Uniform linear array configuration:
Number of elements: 48
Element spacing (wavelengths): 1
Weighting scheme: cosine
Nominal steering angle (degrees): -15
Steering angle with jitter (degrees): -16.951
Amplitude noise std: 0.05
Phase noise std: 0.05

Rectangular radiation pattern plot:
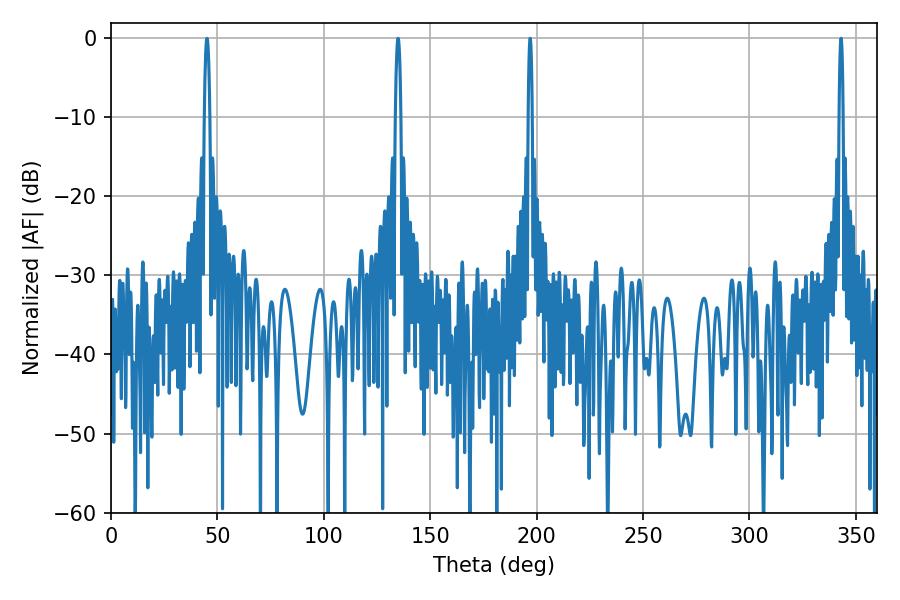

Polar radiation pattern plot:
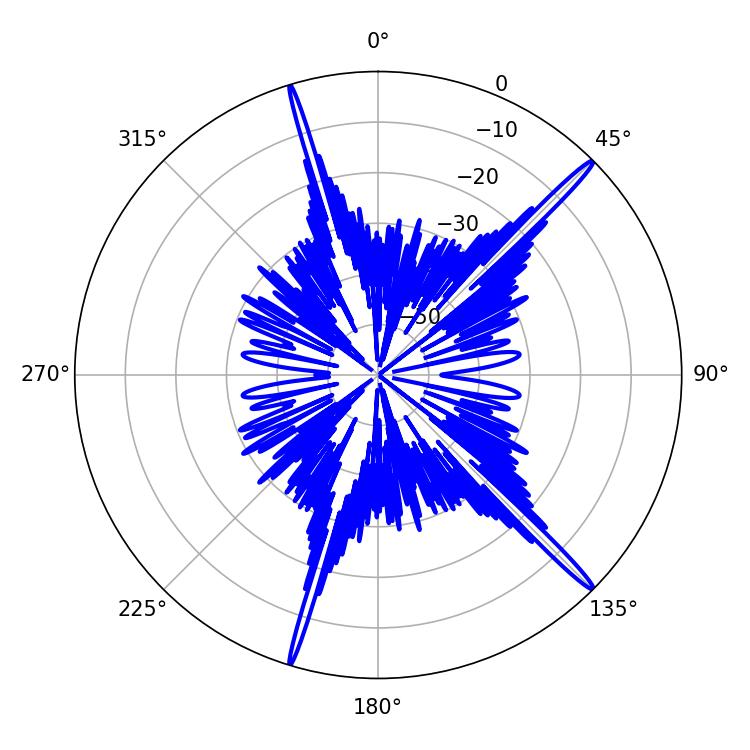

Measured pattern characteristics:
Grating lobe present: TRUE
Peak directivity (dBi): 18.343
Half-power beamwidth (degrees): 1.08
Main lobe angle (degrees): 196.92